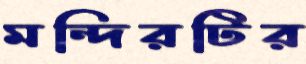
মন্দিরটির